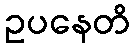
ဥပနေတိ